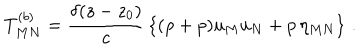
T _ { M N } ^ { ( b ) } = { \frac { \delta ( z - z _ { 0 } ) } { c } } \left\{ ( \rho + p ) u _ { M } u _ { N } + p \, \eta _ { M N } \right\} \, .